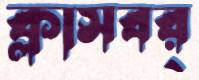
ক্লাসবর্